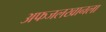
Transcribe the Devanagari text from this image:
अफजलखानला